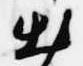
出